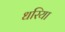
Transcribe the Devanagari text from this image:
धरिया